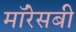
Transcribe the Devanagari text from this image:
मॉरेसबी